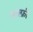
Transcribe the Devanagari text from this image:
पाल्फ्री